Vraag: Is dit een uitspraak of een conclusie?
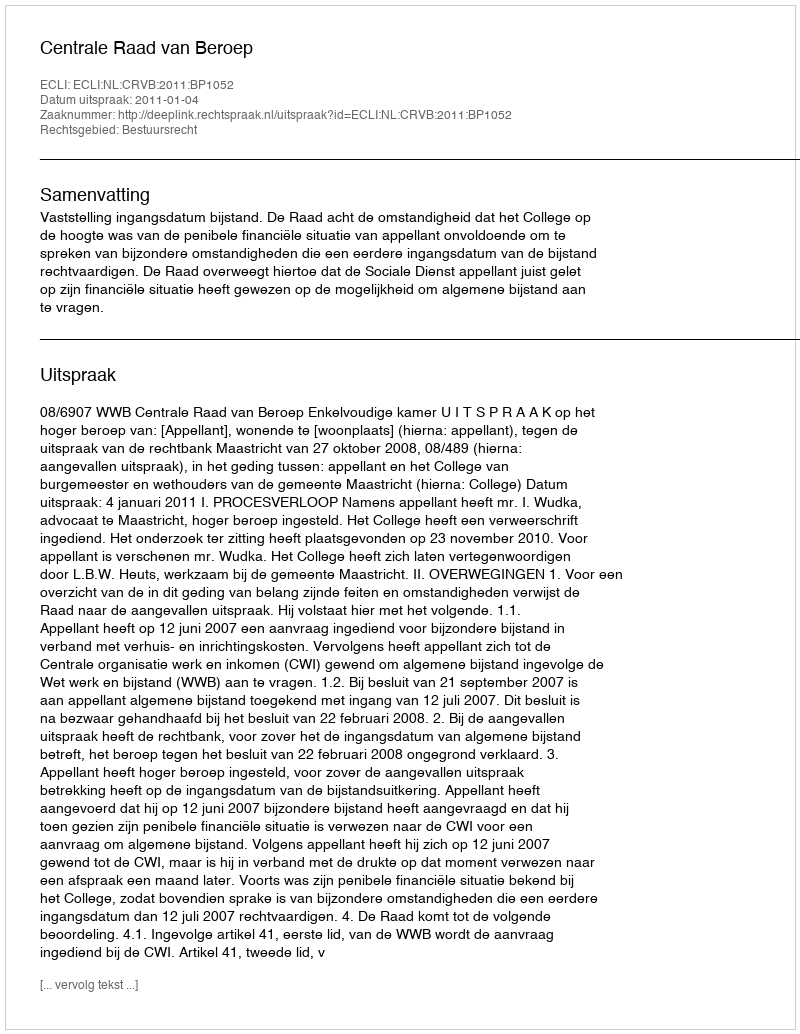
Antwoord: Uitspraak